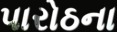
પારોઠના